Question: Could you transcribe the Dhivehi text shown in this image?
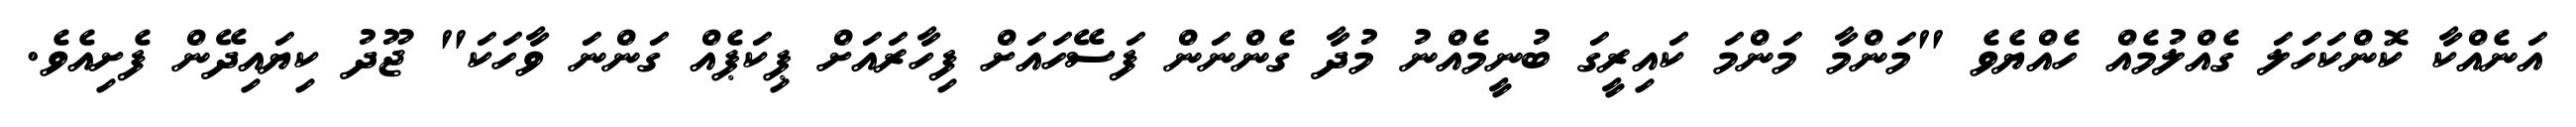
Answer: އަނެއްކާ ކޮންކަހަލަ ގެއްލުމެއް ހެއްޔެވެ "މަންމާ މަންމަ ކައިރީގަ ބުނީމެއްނު މުދާ ގެންނަން ފަސޭހައަށް ފިހާރައަށް ޕިކަޕެއް ގަންނަ ވާހަކަ" ޖޫދު ކިޔައިދޭން ފެށިއެވެ.